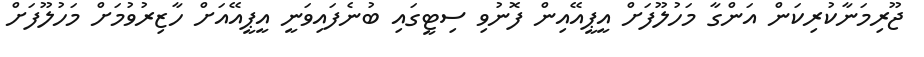
ޖޫރިމަނާކުރިކަން އަންގާ މަހުލޫފަށް އީޕީއޭއިން ފޮނުވި ސިޓީގައި ބުނެފައިވަނީ އީޕީއޭއަށް ހާޒިރުވުމަށް މަހުލޫފަށް